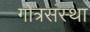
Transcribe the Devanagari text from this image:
गोत्रसंस्था